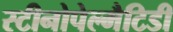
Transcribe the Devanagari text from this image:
स्टीनोपेल्मैटिडी